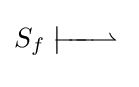
S_{f}\;{\overset {\textstyle }{\underset {\textstyle }{|\!\!\!-\!\!\!-\!\!\!-\!\!\!\rightharpoonup }}}\;